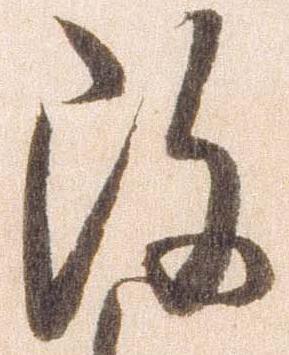
改